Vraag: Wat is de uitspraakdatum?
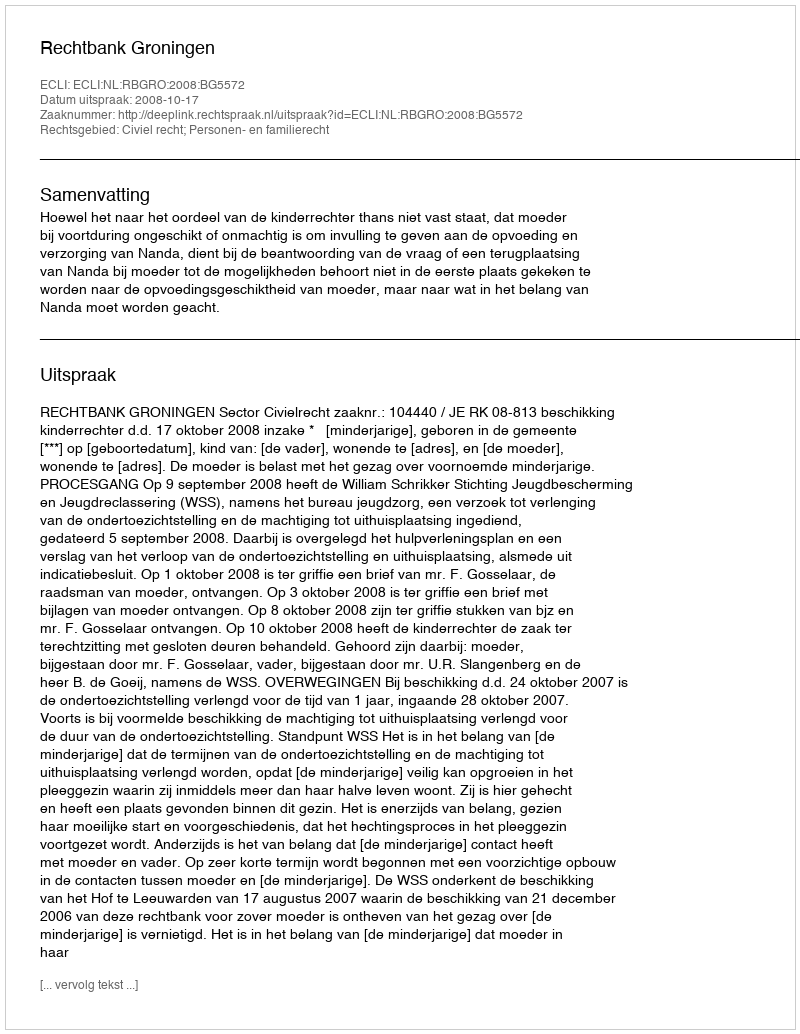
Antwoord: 2008-10-17